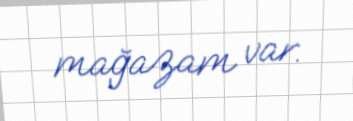
mağazam var.